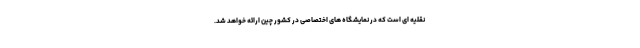
نقلیه ای است که در نمایشگاه های اختصاصی در کشور چین ارائه خواهد شد.